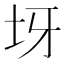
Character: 𡉪